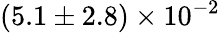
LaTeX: (5.1\pm 2.8)\times 10^{-2}